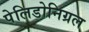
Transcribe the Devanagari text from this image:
पेलिडोनिग्रल